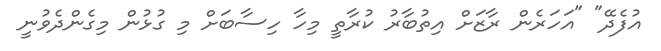
އުފެދޭ" "އަހަރެން ރާޒަށް އިތުބާރު ކުރާތީ މިހާ ހިސާބަށް މި ގުޅުން މިގެންދެވުނީ